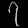
Digit: ၇